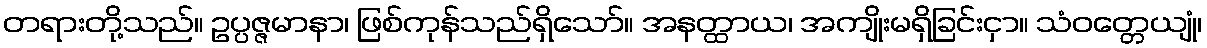
တရားတို့သည်။ ဥပ္ပဇ္ဇမာနာ၊ ဖြစ်ကုန်သည်ရှိသော်။ အနတ္ထာယ၊ အကျိုးမရှိခြင်းငှာ။ သံဝတ္တေယျုံ၊